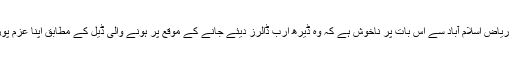
ایک تجزیہ کار کے مطابق ریاض اسلام آباد سے اس بات پر ناخوش ہے کہ وہ ڈیرھ ارب ڈالرز دیئے جانے کے موقع پر ہونے والی ڈیل کے مطابق اپنا عزم پورا کرنے میں ناکام رہا ہے۔